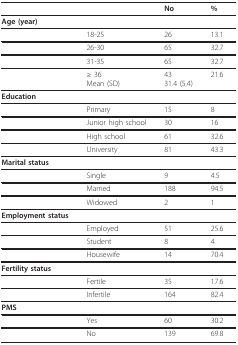
<table><thead><tr><td></td><td></td><td><b>No</b></td><td><b>%</b></td></tr></thead><tbody><tr><td><b>Age (year)</b></td><td></td><td></td><td></td></tr><tr><td></td><td>18-25</td><td>26</td><td>13.1</td></tr><tr><td></td><td>26-30</td><td>65</td><td>32.7</td></tr><tr><td></td><td>31-35</td><td>65</td><td>32.7</td></tr><tr><td></td><td>≥ 36Mean (SD)</td><td>4331.4 (5.4)</td><td>21.6</td></tr><tr><td><b>Education</b></td><td></td><td></td><td></td></tr><tr><td></td><td>Primary</td><td>15</td><td>8</td></tr><tr><td></td><td>Junior high school</td><td>30</td><td>16</td></tr><tr><td></td><td>High school</td><td>61</td><td>32.6</td></tr><tr><td></td><td>University</td><td>81</td><td>43.3</td></tr><tr><td><b>Marital status</b></td><td></td><td></td><td></td></tr><tr><td></td><td>Single</td><td>9</td><td>4.5</td></tr><tr><td></td><td>Married</td><td>188</td><td>94.5</td></tr><tr><td></td><td>Widowed</td><td>2</td><td>1</td></tr><tr><td><b>Employment status</b></td><td></td><td></td><td></td></tr><tr><td></td><td>Employed</td><td>51</td><td>25.6</td></tr><tr><td></td><td>Student</td><td>8</td><td>4</td></tr><tr><td></td><td>Housewife</td><td>14</td><td>70.4</td></tr><tr><td><b>Fertility status</b></td><td></td><td></td><td></td></tr><tr><td></td><td>Fertile</td><td>35</td><td>17.6</td></tr><tr><td></td><td>Infertile</td><td>164</td><td>82.4</td></tr><tr><td><b>PMS</b></td><td></td><td></td><td></td></tr><tr><td></td><td>Yes</td><td>60</td><td>30.2</td></tr><tr><td></td><td>No</td><td>139</td><td>69.8</td></tr></tbody></table>